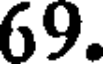
69.